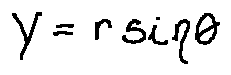
y = r \sin \theta